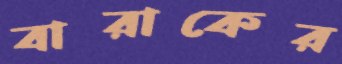
বারাকের